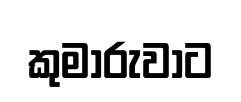
කුමාරුවාට